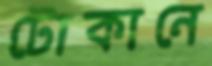
টোকানে